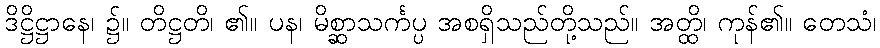
ဒိဋ္ဌိဋ္ဌာနေ၊ ၌။ တိဋ္ဌတိ၊ ၏။ ပန၊ မိစ္ဆာသင်္ကပ္ပ အစရှိသည်တို့သည်။ အတ္ထိ၊ ကုန်၏။ တေသံ၊